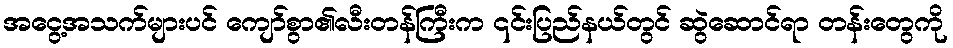
အငွေ့အသက်များပင် ကျော်စွာ၏လီးတန်ကြီးက ၎င်းပြည်နယ်တွင် ဆွဲဆောင်ရာ တန်းတွေကို